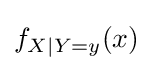
f_{X\mid Y=y}(x)